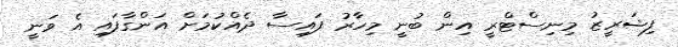
ފިޝަރީޒު މިނިސްޓްރީ އިން ބުނީ މިހާރު ފައިސާ ދެއްކުމަށް އަންގާފައި އެ ވަނީ